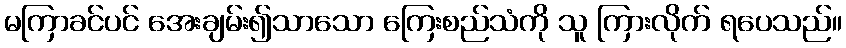
မကြာခင်ပင် အေးချမ်း၍သာသော ကြေးစည်သံကို သူ ကြားလိုက် ရပေသည်။